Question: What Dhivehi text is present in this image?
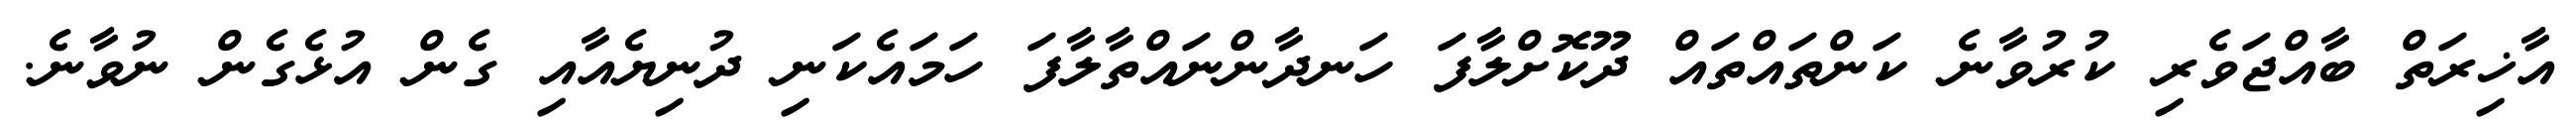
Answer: އާޚިރަތް ބާއްޖަވެރި ކުރުވާނެ ކަންތައްތައް ދޫކޮށްލާފަ ހަނދާންނައްތާލާފަ ހަމައެކަނި ދުނިޔެއާއި ގެން އުޅެގެން ނުވާނެ.